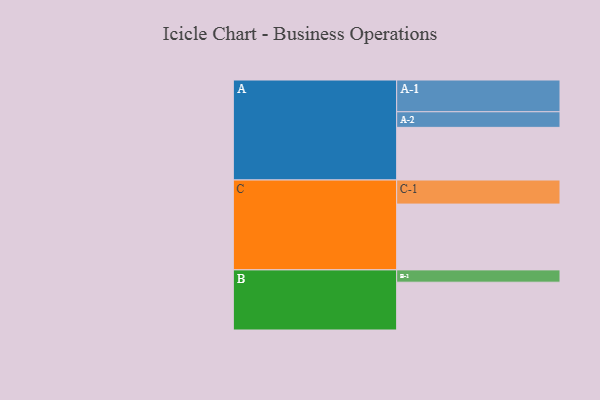
{"axis": {"x": "Segment", "y": "Value"}, "legend": ["", "A", "B", "C"], "data": [{"x": "A", "y": 479, "type": ""}, {"x": "B", "y": 435, "type": ""}, {"x": "C", "y": 599, "type": ""}, {"x": "A-1", "y": 289, "type": "A"}, {"x": "A-2", "y": 142, "type": "A"}, {"x": "B-1", "y": 112, "type": "B"}, {"x": "C-1", "y": 219, "type": "C"}]}